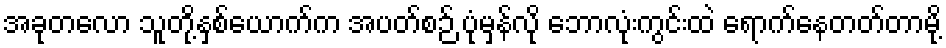
အခုတလော သူတို့နှစ်ယောက်က အပတ်စဉ် ပုံမှန်လို ဘောလုံးကွင်းထဲ ရောက်နေတတ်တာမို့